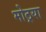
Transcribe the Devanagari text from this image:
मोठ्रया